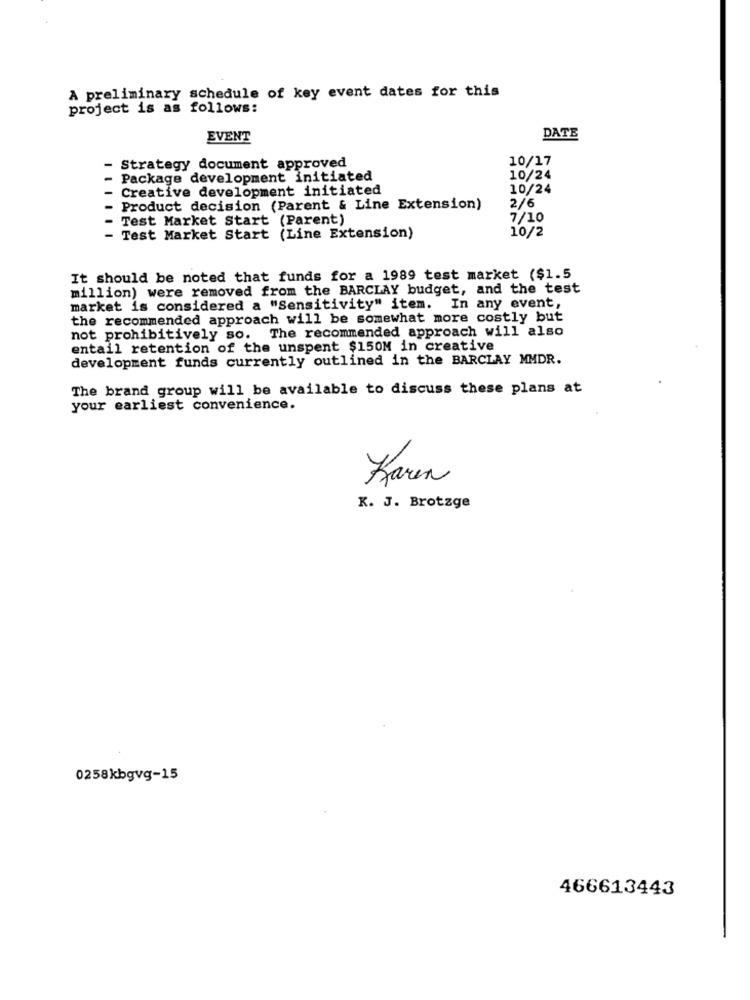
A preliminary schedule of key event dates for this
project is as follows:
EVENT
DATE
10/17
- Strategy document approved
Package development initiated
10/24
Creative development initiated
10/24
Product decision (Parent & Line Extension)
2/6
Test Market Start (Parent)
7/10
10/2
Test Market Start (Line Extension)
It should be noted that funds for a 1989 test market ($1.5
million) were removed from the BARCLAY budget, and the test
market is considered a "Sensitivity" item. In any event,
the recommended approach will be somewhat more costly but
not prohibitively so. The recommended approach will also
entail retention of the unspent $150M in creative
development funds currently outlined in the BARCLAY MMDR.
The brand group will be available to discuss these plans at
your earliest convenience.
Karen
K. J. Brotzge
0258kbgvg-15
466613443